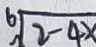
\sqrt [ 6 ] { 2 - 4 x }